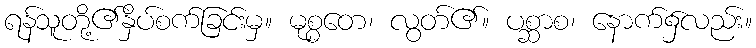
ရန်သူတို့၏နှိပ်စက်ခြင်းမှ။ မုစ္စတေ၊ လွတ်၏။ ပစ္ဆာစ၊ နောက်၌လည်း။